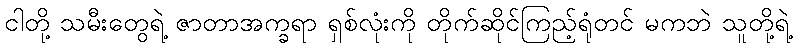
ငါတို့ သမီးတွေရဲ့ ဇာတာအက္ခရာ ရှစ်လုံးကို တိုက်ဆိုင်ကြည့်ရုံတင် မကဘဲ သူတို့ရဲ့